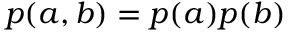
p ( a , b ) = p ( a ) p ( b )